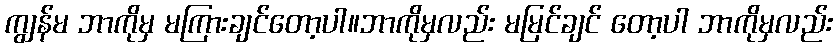
ကျွန်မ ဘာကိုမှ မကြားချင်တော့ပါ။ဘာကိုမှလည်း မမြင်ချင် တော့ပါ ဘာကိုမှလည်း